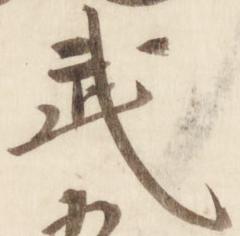
武